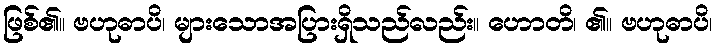
ဖြစ်၏။ ဗဟုဓာပိ၊ များသောအပြားရှိသည်လည်း။ ဟောတိ၊ ၏။ ဗဟုဓာပိ၊